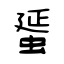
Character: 蜑